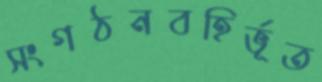
সংগঠনবহির্ভূত